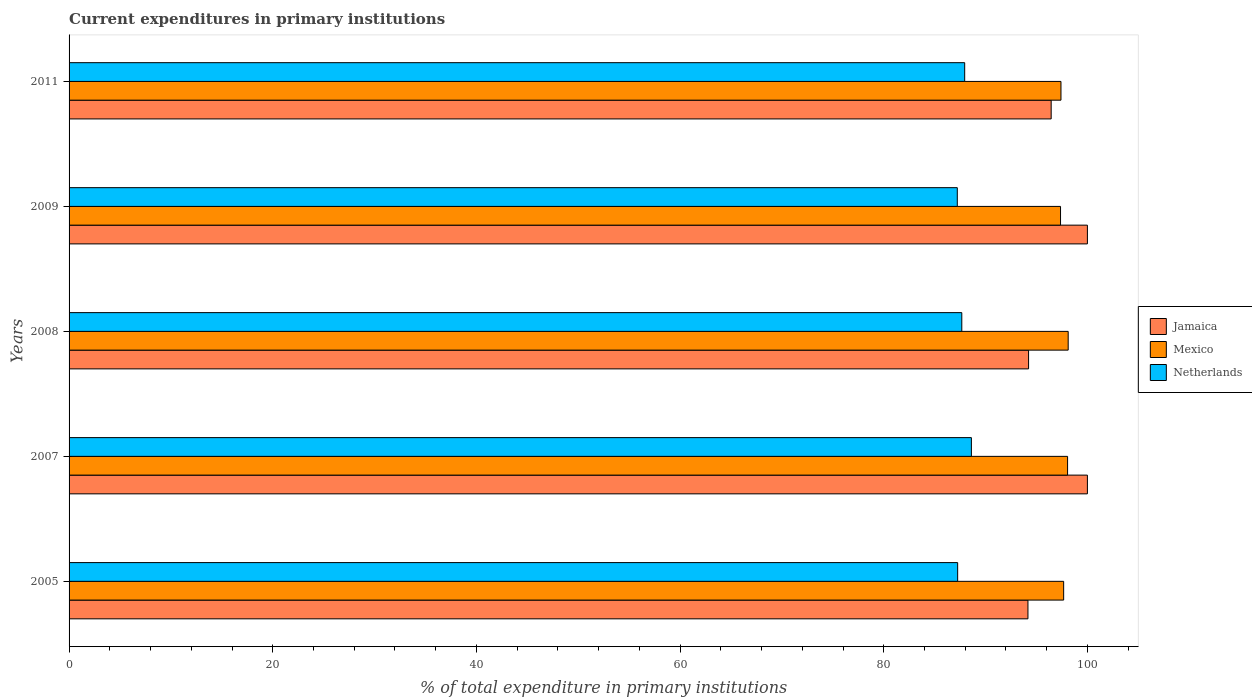
| Years | Jamaica | Mexico | Netherlands |
 | --- | --- | --- | --- |
 | 2005 | 94.2 | 97.7 | 87.3 |
 | 2007 | 100 | 98.1 | 88.6 |
 | 2008 | 94.2 | 98.1 | 87.7 |
 | 2009 | 100 | 97.4 | 87.2 |
 | 2011 | 96.4 | 97.4 | 87.9 |